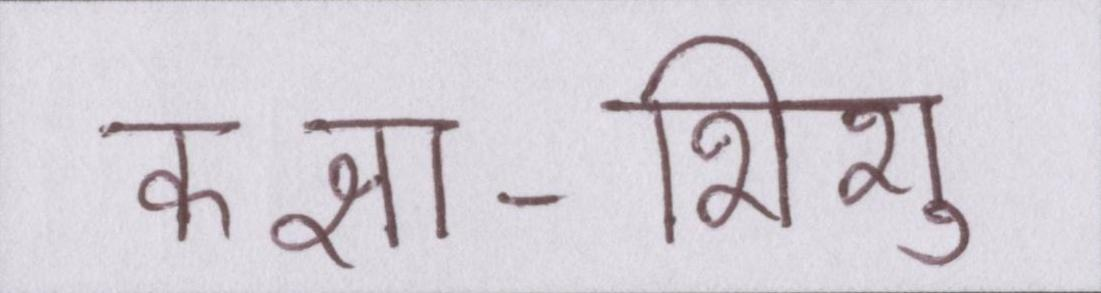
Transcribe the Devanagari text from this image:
कक्षा-शिशु